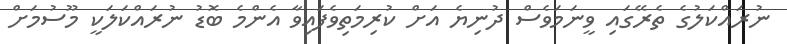
ނުރައްކަލުގެ ތެރޭގައި ވީނަމަވެސް ދުނިޔެ އަށް ކުރިމަތިވެފައިވާ އެންމެ ބޮޑު ނުރައްކަލަކީ މޫސުމަށް